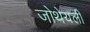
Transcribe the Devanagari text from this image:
जोथेयली